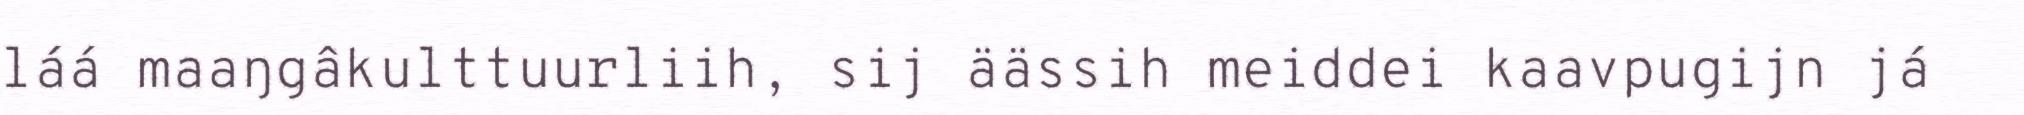
láá maaŋgâkulttuurliih, sij äässih meiddei kaavpugijn já